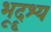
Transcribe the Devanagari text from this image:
भूदॄश्य